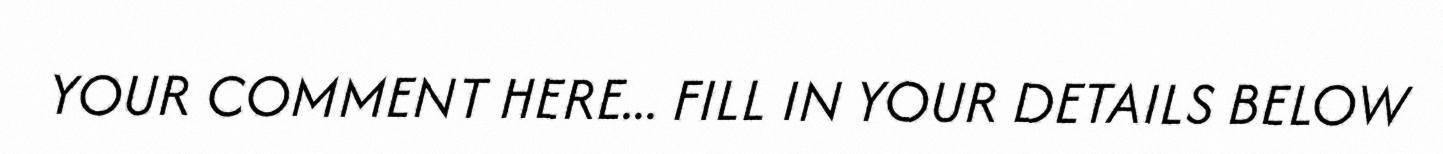
YOUR COMMENT HERE... FILL IN YOUR DETAILS BELOW